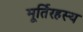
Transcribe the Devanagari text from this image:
मूर्तिरहस्य